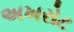
અખરોટ